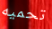
تحميه